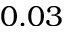
0 . 0 3